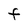
Character: F